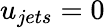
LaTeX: u_{jets}=0